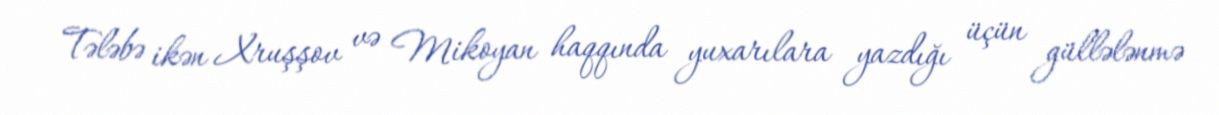
Tələbə ikən Xruşşov və Mikoyan haqqında yuxarılara yazdığı üçün güllələnmə